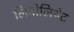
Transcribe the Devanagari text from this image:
लिनोलियेट